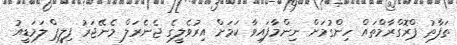
ތަފާތު ޕްރޮގްރާމްތައް ހިންގުމަށް ނިންމާފައިވާ ކަމަށް އިރުވެލީގެ ޖެނެރަލް މެނޭޖަރު ފިލީޕް ލަމަޑީއު